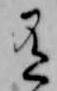
有